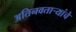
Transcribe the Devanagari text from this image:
अतिनवताऱ्यांचे